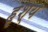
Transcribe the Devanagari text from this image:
हृश्य